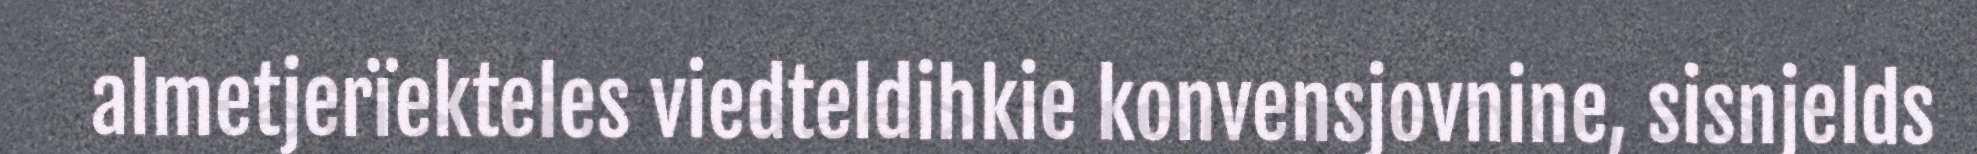
almetjerïekteles viedteldihkie konvensjovnine, sisnjelds